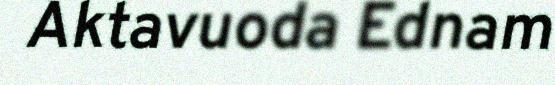
Aktavuoda Ednam